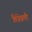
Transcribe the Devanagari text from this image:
तिन्नेवली